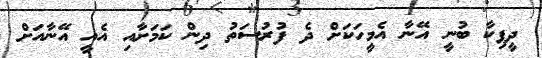
ދީޕިކާ ބުނީ އޭނާ އެމީހަކަށް ދެ ފުރުސަތު ދިން ކަމަށާއި އެއީ އޭނާއަށް